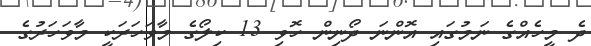
ދެ މީހެއްގެ ނަމުގައި އޮންނަ ދޯނިން ހޮވި 13 ކިލޯގެ މާވަހަރަކީ މާވަހަރުގެ